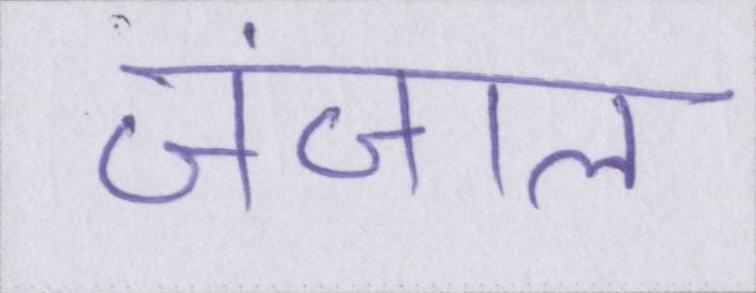
जंजाल